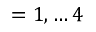
= 1 , \ldots 4